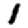
Digit: 1